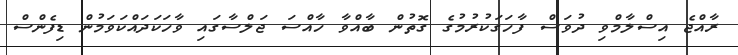
ރާއްޖެ އިސްލާމްވި ދުވަސް ފާހަގަކުރުމުގެ ގޮތުން ބާއްވާ ހާއްސަ ޖަލްސާގައި ވާހަކަދައްކަވަމުން ޑިފެންސް